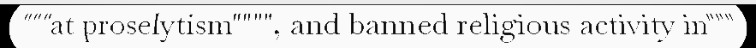
"""at proselytism"""", and banned religious activity in"""